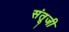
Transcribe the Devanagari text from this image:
संतूजी